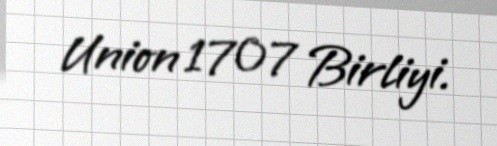
Union 1707 Birliyi.